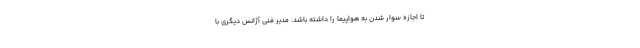
تا اجازه سوار شدن به هواپیما را داشته باشد. مدیر فنی آژانس دیگری با